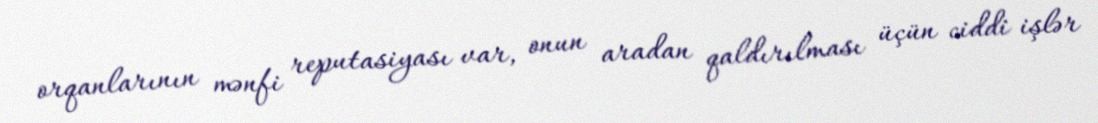
orqanlarının mənfi reputasiyası var, onun aradan qaldırılması üçün ciddi işlər